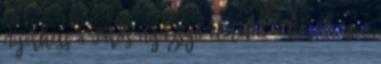
nyerhess a város nyüzsgő életébe, a hősök és a